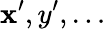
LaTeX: \mathbf{x}^{\prime},y^{\prime},\ldots